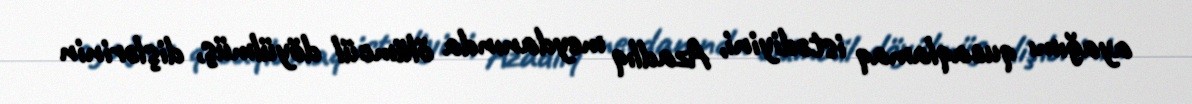
ayağımı qucaqlamaq istədiyini, Azadlıq meydanında ölümcül döyülmüş, dişlərinin